Annual report on the working of the lock hospitals in the Central Provinces
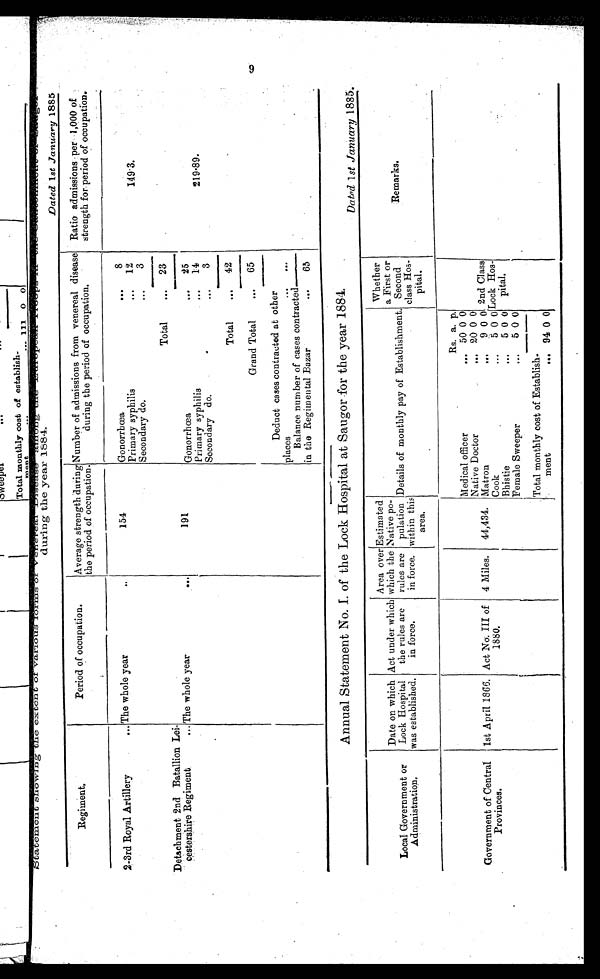
Statement showing the extent of various forms of Disease among the European Roops in one during the year 1884.
Dated 1st January 1885
Regiment.
Period of occupation.
Average strength during
the period of occupation.
Number of admissions from venereal
disease during the period of occupation.
Ratio admissions per 1,000 of
strength for period of occupation.
2–3rd Royal Artillery
... The whole year ..
154
Gonorrhœa
...
8
149.3.
Primary syphilis
...
12
3
Secondary do.
Detachment 2nd Batallion Lei
cestershire Regiment
... The whole year
...
191
219.89.
Total
...
23
Gonorrhœa
...
25
Primary syphilis
...
14
Secondary do.
...
3
Total
...
42
Grand Total
...
65
Deduct cases contracted at other
places
Balance number of cases contracted
in the Regimental Bazar ...
6 5
Annual Statement No. I. of the Lock Hospital at Saugor for the year 1884.
Dated 1st January 1885
Local Government or
Administration,
Date on which
Lock Hospital
was established,
Act under which
the rules are
in force.
Area over
which the
rules are
in force.
Estimated
Native po-
pulation
within this'
area.
Details of monthly pay of Establishment.
Whether
a First or
Second
class Hos-
pital.
Remarks.
Government of Central
Provinces.
1st April 1866. Act No. III of
1880.
4 Miles.
44,434.
Medical officer
...
Rs. a. p.
2nd Class Lock Hospital
50 0 0
Native Doctor
... 20 0 0
Matron
..,
9 0 0
Cook
...
5 0 0
Bhistie
...
5 0 0
Female Sweeper
...
5 0 0
Total monthly cost of Establish
ment
... 94 0 0